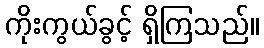
ကိုးကွယ်ခွင့် ရှိကြသည်။